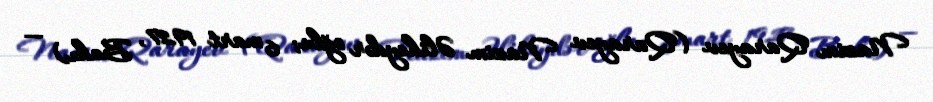
Nazim Qarayev (Qarayev Nazim Əliheydər oğlu; 6 mart 1927, Bakı) —